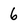
Character: 6